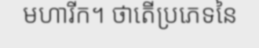
មហារីក។ ថាតើប្រភេទនៃ